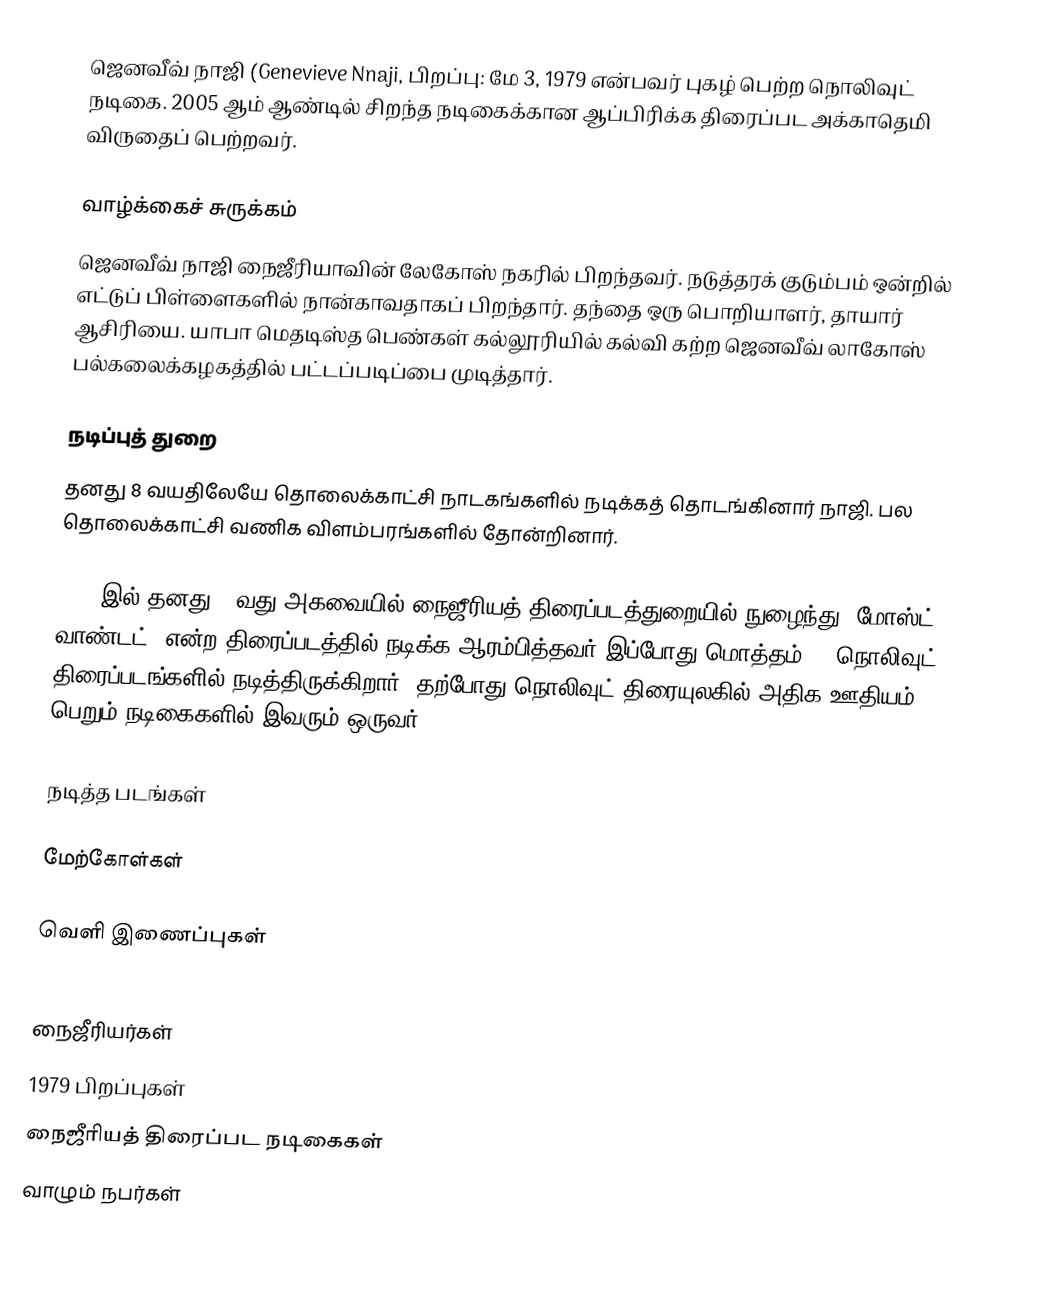
ஜெனவீவ் நாஜி (Genevieve Nnaji, பிறப்பு: மே 3, 1979 என்பவர் புகழ் பெற்ற நொலிவுட் நடிகை. 2005 ஆம் ஆண்டில் சிறந்த நடிகைக்கான ஆப்பிரிக்க திரைப்பட அக்காதெமி விருதைப் பெற்றவர்.

வாழ்க்கைச் சுருக்கம்
ஜெனவீவ் நாஜி நைஜீரியாவின் லேகோஸ் நகரில் பிறந்தவர். நடுத்தரக் குடும்பம் ஒன்றில் எட்டுப் பிள்ளைகளில் நான்காவதாகப் பிறந்தார். தந்தை ஒரு பொறியாளர், தாயார் ஆசிரியை. யாபா மெதடிஸ்த பெண்கள் கல்லூரியில் கல்வி கற்ற ஜெனவீவ் லாகோஸ் பல்கலைக்கழகத்தில் பட்டப்படிப்பை முடித்தார்.

நடிப்புத் துறை
தனது 8 வயதிலேயே தொலைக்காட்சி நாடகங்களில் நடிக்கத் தொடங்கினார் நாஜி. பல தொலைக்காட்சி வணிக விளம்பரங்களில் தோன்றினார்.

1998 இல் தனது 19வது அகவையில் நைஜீரியத் திரைப்படத்துறையில் நுழைந்து "மோஸ்ட் வாண்டட்" என்ற திரைப்படத்தில் நடிக்க ஆரம்பித்தவர் இப்போது மொத்தம் 80 நொலிவுட் திரைப்படங்களில் நடித்திருக்கிறார். தற்போது நொலிவுட் திரையுலகில் அதிக ஊதியம் பெறும் நடிகைகளில் இவரும் ஒருவர்.

நடித்த  படங்கள்

மேற்கோள்கள்

வெளி இணைப்புகள்

நைஜீரியர்கள்
1979 பிறப்புகள்
நைஜீரியத் திரைப்பட நடிகைகள்
வாழும் நபர்கள்